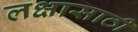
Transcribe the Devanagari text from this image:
लक्षासाठी